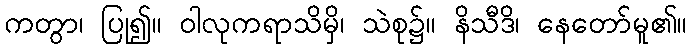
ကတွာ၊ ပြု၍။ ဝါလုကရာသိမှိ၊ သဲစု၌။ နိသီဒိ၊ နေတော်မူ၏။